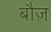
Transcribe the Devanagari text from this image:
बौज़